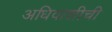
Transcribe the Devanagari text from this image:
अधिवाशीची